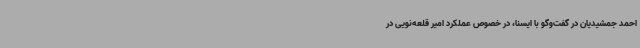
احمد جمشیدیان در گفت‌وگو با ایسنا، در خصوص عملکرد امیر قلعه‌نویی در